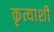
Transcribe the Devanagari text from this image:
कृत्याशी